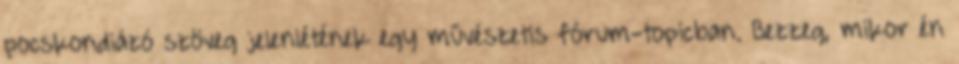
pocskondiázó szöveg jelenlétének egy művészetis fórum-topicban. Bezzeg, mikor én